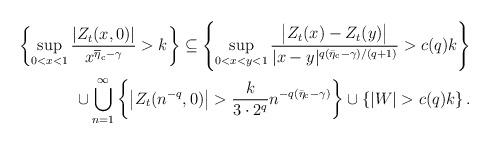
LaTeX: \begin{align*}\left\{ \sup_{0<x<1}\frac{\left|Z_t(x,0)\right|}{x^{\overline{\eta}_{\rm c}-\gamma}}>k\right\}\subseteq \left\{\sup_{0<x<y<1}\frac{\bigl|Z_t(x)-Z_t(y)\bigr|}{|x-y|^{q(\bar\eta_{\rm c}-\gamma)/(q+1)}}>c(q)k\right\}\\\cup\bigcup_{n=1}^\infty \left\{ \left|Z_t(n^{-q},0)\right|>\frac{k}{3\cdot2^{q}}n^{-q(\bar\eta_{\rm c}-\gamma)}\right\}\cup\left\{|W|>c(q)k\right\}.\end{align*}